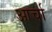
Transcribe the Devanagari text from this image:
आर्चा